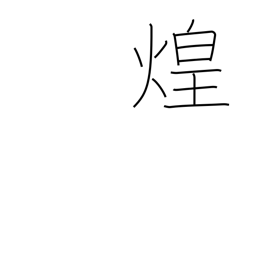
Meaning: glitter